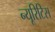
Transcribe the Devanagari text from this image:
न्यूरिटिस